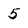
Character: 5